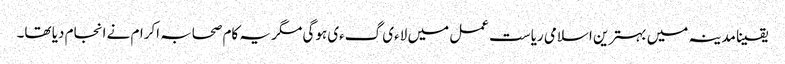
یقینا مدینہ میں بہترین اسلامی ریاست عمل میں لاءی گءی ہوگی مگر یہ کام صحابہ اکرام نے انجام دیا تھا۔